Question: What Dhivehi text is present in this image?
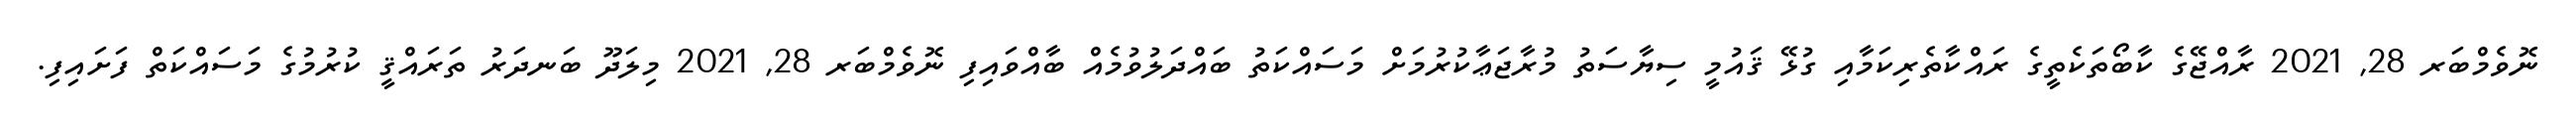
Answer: ނޮވެމްބަރ 28, 2021 ރާއްޖޭގެ ކާބޯތަކެތީގެ ރައްކާތެރިކަމާއި ގުޅޭ ޤައުމީ ސިޔާސަތު މުރާޖަޢާކުރުމަށް މަސައްކަތު ބައްދަލުވުމެއް ބާއްވައިފި ނޮވެމްބަރ 28, 2021 މިލަދޫ ބަނދަރު ތަރައްޤީ ކުރުމުގެ މަސައްކަތް ފަށައިފި.